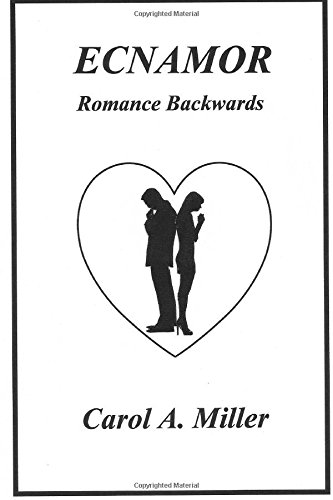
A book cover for Ecnamor: Romance Backwards; Carol A Miller; Romance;